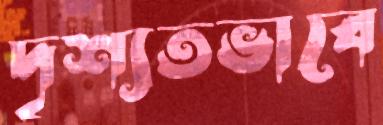
দৃশ্যতভাবে